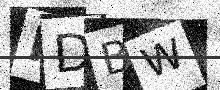
Text: HDBW